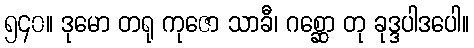
၅၄၀။ ဒုမော တရု ကုဇော သာခီ၊ ဂစ္ဆော တု ခုဒ္ဒပါဒပေါ။